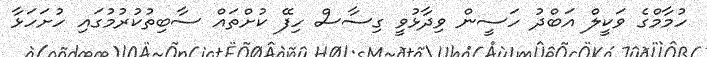
ހުމާމްގެ ވަކީލް އަބްދު ހަސީން ވިދާޅުވީ ގިސާސް ހިފޭ ކުށްތައް ސާބިތުކުރުމުގައި ހުށަހަޅާ